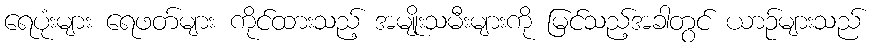
ရေပုံးများ ရေဖတ်များ ကိုင်ထားသည့် အမျိုးသမီးများကို မြင်သည့်အခါတွင် ယာဉ်များသည်